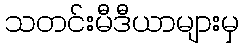
သတင်းမီဒီယာများမှ